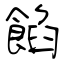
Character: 餡